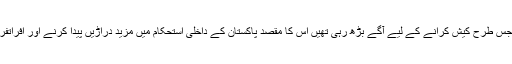
ورنہ بین الاقوامی لابیاں اس سانحے کو جس طرح کیش کرانے کے لیے آگے بڑھ رہی تھیں اس کا مقصد پاکستان کے داخلی استحکام میں مزید دراڑیں پیدا کرنے اور افراتفری کو فروغ دینے کے سوا کچھ نہیں تھا۔